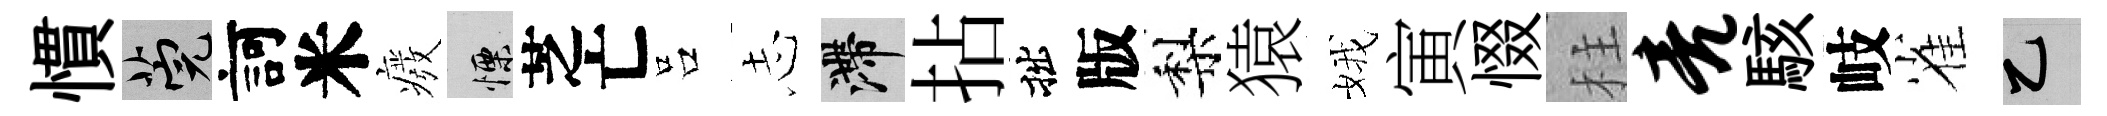
慣筦訶米癈慄芝亡吕𢖽滯拈拙版梨猿娥寅惙柱亮駭岐雀乙